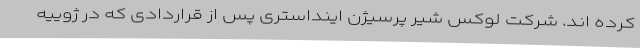
کرده اند. شرکت لوکس شیر پرسیژن اینداستری پس از قراردادی که در ژوییه